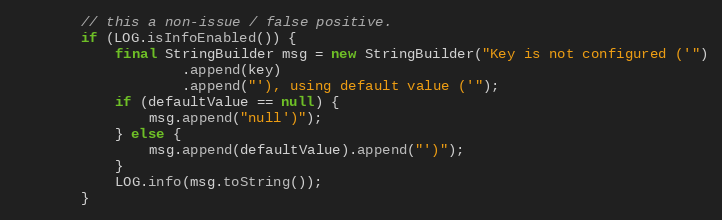
Language: Java
        // this a non-issue / false positive.
        if (LOG.isInfoEnabled()) {
            final StringBuilder msg = new StringBuilder("Key is not configured ('")
                    .append(key)
                    .append("'), using default value ('");
            if (defaultValue == null) {
                msg.append("null')");
            } else {
                msg.append(defaultValue).append("')");
            }
            LOG.info(msg.toString());
        }